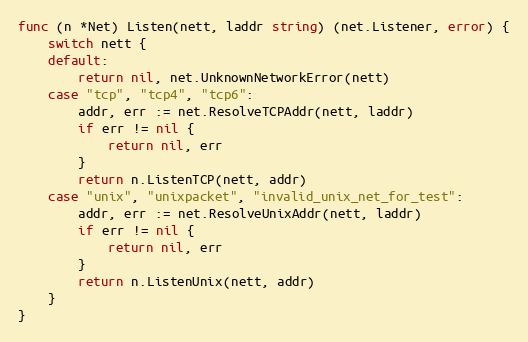
Language: Go
func (n *Net) Listen(nett, laddr string) (net.Listener, error) {
	switch nett {
	default:
		return nil, net.UnknownNetworkError(nett)
	case "tcp", "tcp4", "tcp6":
		addr, err := net.ResolveTCPAddr(nett, laddr)
		if err != nil {
			return nil, err
		}
		return n.ListenTCP(nett, addr)
	case "unix", "unixpacket", "invalid_unix_net_for_test":
		addr, err := net.ResolveUnixAddr(nett, laddr)
		if err != nil {
			return nil, err
		}
		return n.ListenUnix(nett, addr)
	}
}